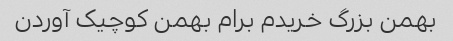
بهمن بزرگ خریدم برام بهمن کوچیک آوردن